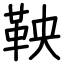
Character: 鞅